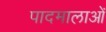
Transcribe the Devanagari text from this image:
पादमालाओं